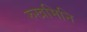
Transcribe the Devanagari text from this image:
रुखमिनि